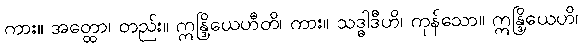
ကား။ အတ္ထော၊ တည်း။ ဣန္ဒြိယေဟီတိ၊ ကား။ သဒ္ဓါဒီဟိ၊ ကုန်သော။ ဣန္ဒြိယေဟိ၊